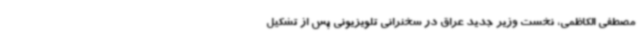
مصطفی الکاظمی، نخست وزیر جدید عراق در سخنرانی تلویزیونی پس از تشکیل